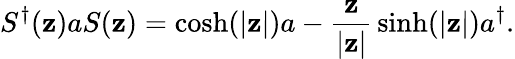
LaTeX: S^{\dagger}(\mathbf{z})aS(\mathbf{z})=\cosh(|\mathbf{z}|)a-{\frac{{\mathbf{z}}}{{|\mathbf{z}|}}}\sinh(|\mathbf{z}|)a^{\dagger}.